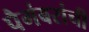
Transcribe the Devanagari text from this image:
पैगंबरांची